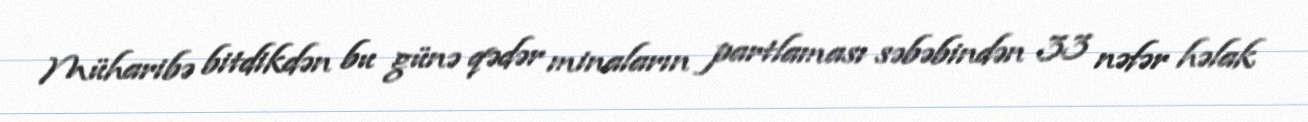
Müharibə bitdikdən bu günə qədər minaların partlaması səbəbindən 33 nəfər həlak